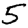
Digit: 5